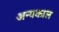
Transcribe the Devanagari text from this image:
अन्यकाल